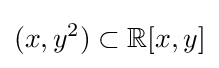
(x,y^{2})\subset \mathbb {R} [x,y]